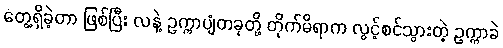
တွေ့ရှိခဲ့တာ ဖြစ်ပြီး လနဲ့ ဥက္ကာပျံတခုတို့ တိုက်မိရာက လွင့်စင်သွားတဲ့ ဥက္ကာခဲ